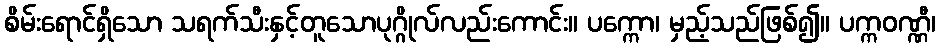
စိမ်းရောင်ရှိသော သရက်သီးနှင့်တူသောပုဂ္ဂိုလ်လည်းကောင်း။ ပက္ကော၊ မှည့်သည်ဖြစ်၍။ ပက္ကဝဏ္ဏီ၊